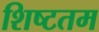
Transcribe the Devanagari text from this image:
शिष्टतम